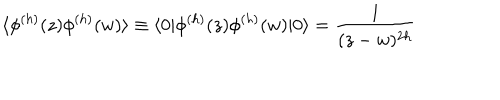
LaTeX: \langle \phi ^ { ( h ) } ( z ) \phi ^ { ( h ) } ( w ) \rangle \equiv \langle 0 | \phi ^ { ( h ) } ( z ) \phi ^ { ( h ) } ( w ) | 0 \rangle = \frac { 1 } { ( z - w ) ^ { 2 h } }